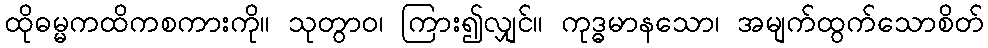
ထိုဓမ္မကထိကစကားကို။ သုတွာဝ၊ ကြား၍လျှင်။ ကုဒ္ဓမာနသော၊ အမျက်ထွက်သောစိတ်